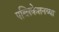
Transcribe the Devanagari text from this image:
पब्लिकेशनच्या